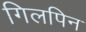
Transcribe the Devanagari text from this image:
गिलपिन